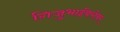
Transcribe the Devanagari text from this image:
गिजुभाईंबरोबर